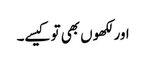
اور لکھوں بھی تو کیسے۔